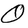
Character: O